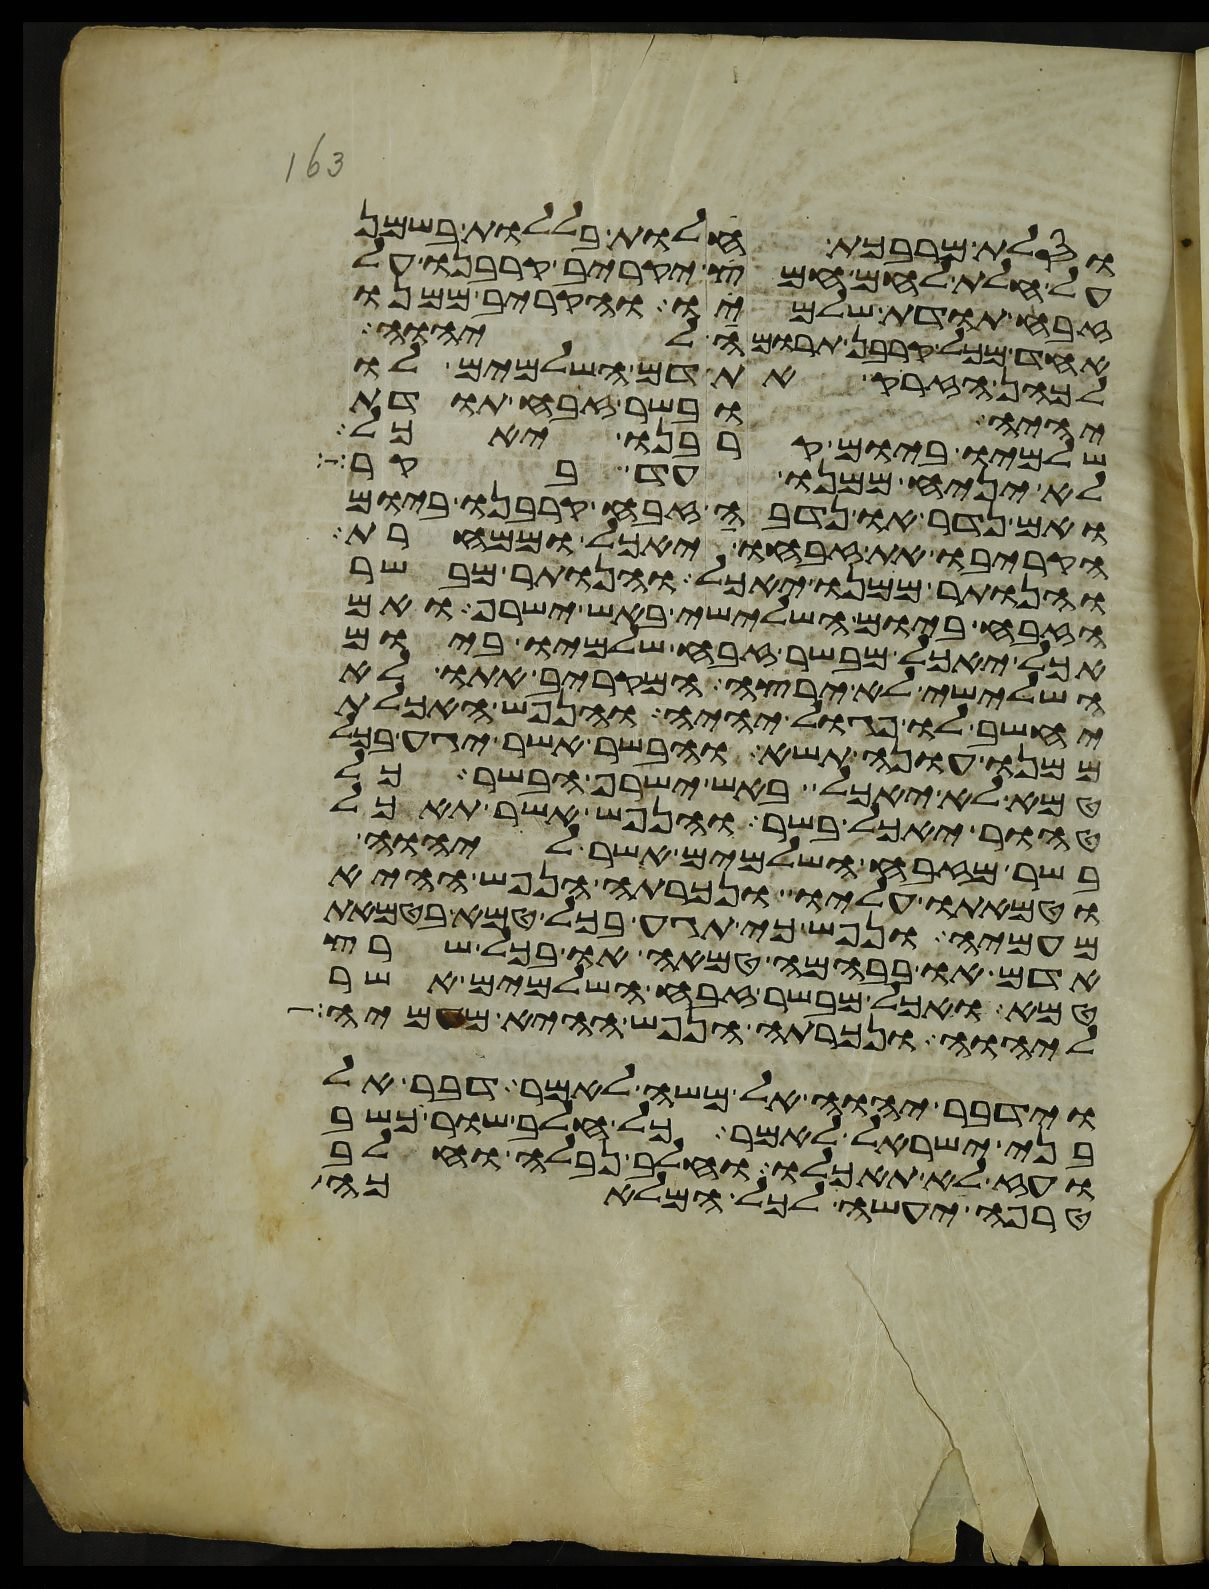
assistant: וסלת מרבכת חלות בללות בשמן
על חלת לחם חמץ יקריב קרבנו על
זבח תודת שלמיו והקריב ממנו
אחד מכל קרבן תרומה ליהוה
לכהן הזרק את דם השלמים לו
יהיה ובשר זבח תודת
שלמיו ביום קרבנו יאכל
לא יניח ממנו עד בקר
ואם נדר או נדבה זבח קרבנו ביום
הקריבו את זבחו יאכל וממחרת
והנותר ממנו יאכל והנותר מבשר
הזבח ביום השלישי באש ישרף ואם
אכל יאכל מבשר זבח שלמיו ביום
השלישי לא ירצה המקריב אתו לא
יחשב לו פגול יהיה והנפש האכלת
ממנו עונה תשא והבשר אשר יגע בכל
טמא לא יאכל באש ישרף הבשר כל
טהור יאכל בשר והנפש אשר תאכל
בשר מזבח השלמים אשר ליהוה
וטמאתו עליו ונכרתה הנפש ההיא
מעמיה ונפש כי תגע בכל טמא בטמאת
אדם או בבהמה טמאה או בכל שרץ
טמא ואכל מבשר זבח השלמים אשר
ליהוה ונכרתה הנפש ההיא מעמיה
וידבר יהוה אל משה לאמר דבר אל
בני ישראל לאמר כל חלב שור וכשב
ועז לא תאכלו וחלב נבלה וחלב
טרפה יעשה לכל המלאכה